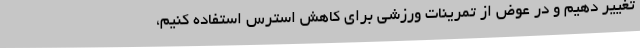
تغییر دهیم و در عوض از تمرینات ورزشی برای کاهش استرس استفاده کنیم،